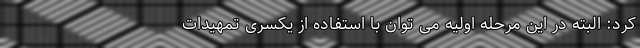
کرد: البته در این مرحله اولیه می توان با استفاده از یکسری تمهیدات